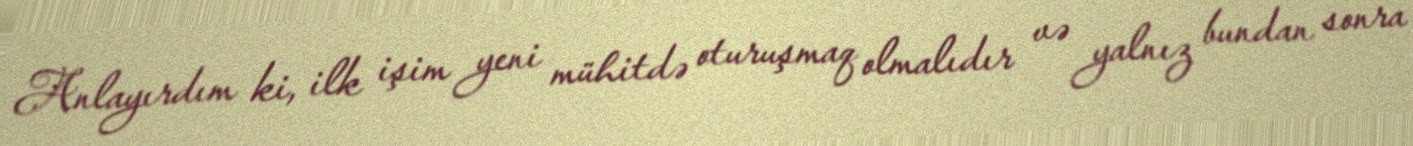
Anlayırdım ki, ilk işim yeni mühitdə oturuşmaq olmalıdır və yalnız bundan sonra